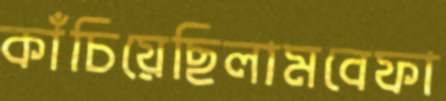
কাঁচিয়েছিলামবেফা